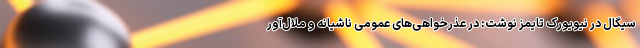
سیگال در نیویورک تایمز نوشت: در عذرخواهی‌های عمومیِ ناشیانه و ملال‌آور